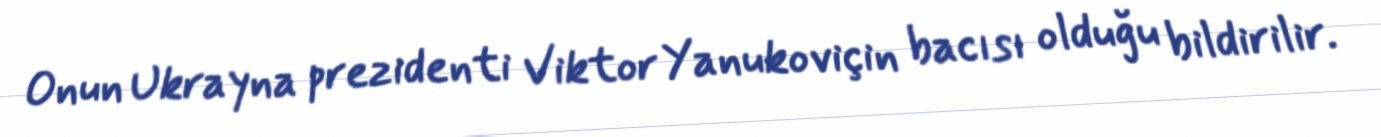
Onun Ukrayna prezidenti Viktor Yanukoviçin bacısı olduğu bildirilir.